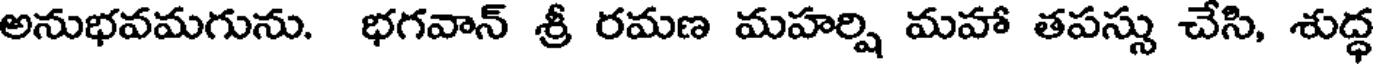
అనుభవమగును. భగవాన్ శ్రీ రమణ మహర్షి మహా తపస్సు చేసి, శుద్ధ